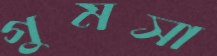
গুমসা